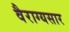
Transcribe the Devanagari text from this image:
वैराग्यसार